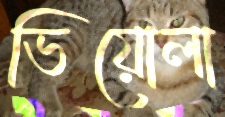
ভিয়োলা